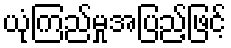
ယုံကြည်မှုအပြည့်ဖြင့်